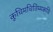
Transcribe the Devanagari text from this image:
कूचिमचितिम्मकवि